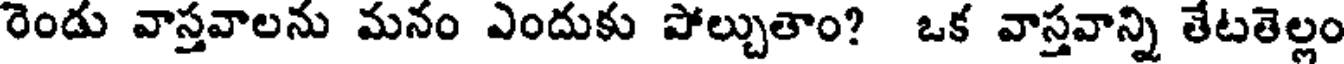
రెండు వాస్తవాలను మనం ఎందుకు పోల్చుతాం? ఒక వాస్తవాన్ని తేటతెల్లం